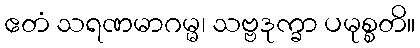
ဧတံ သရဏမာဂမ္မ၊ သဗ္ဗဒုက္ခာ ပမုစ္စတိ။